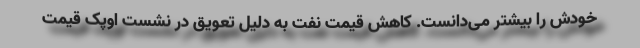
خودش را بیشتر می‌دانست. کاهش قیمت نفت به دلیل تعویق در نشست اوپک قیمت